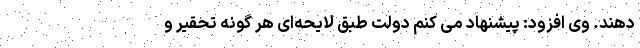
دهند. وی افزود: پیشنهاد می کنم دولت طبق لایحه‌ای هر گونه تحقیر و